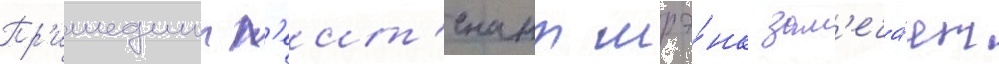
Пр'ишедшии л'еит'енант шрэ́нк зам'еча́ет